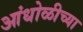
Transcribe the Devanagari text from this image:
आंधोळीच्या